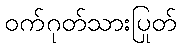
ဝက်ဂုတ်သားပြုတ်